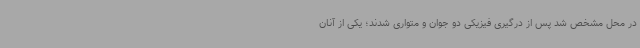
در محل مشخص شد پس از درگیری فیزیکی دو جوان و متواری شدند؛ یکی از آنان